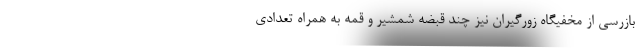
بازرسی از مخفیگاه زورگیران نیز چند قبضه شمشیر و قمه به همراه تعدادی